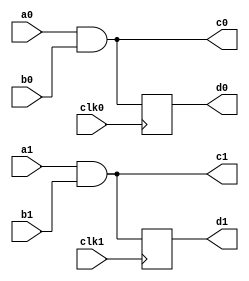
/////////////////////////////////////////
//  Functionality: Two 2-input AND with clocked 
//                 and combinational outputs
//                 Each of which are controlled by different clocks
////////////////////////////////////////

`timescale 1ns / 1ps

module and2_latch_2clock(
  a0,
  b0,
  clk0,
  a1,
  b1,
  clk1,
  c0,
  d0,
  c1,
  d1);

input wire clk0;

input wire a0;
input wire b0;
output wire c0;
output reg d0;

input wire clk1;

input wire a1;
input wire b1;
output wire c1;
output reg d1;


assign c0 = a0 & b0;

always @(posedge clk0) begin
  d0 <= c0;
end

assign c1 = a1 & b1;

always @(posedge clk1) begin
  d1 <= c1;
end

endmodule